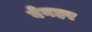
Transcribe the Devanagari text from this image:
बेनहर